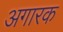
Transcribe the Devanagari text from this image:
अगारक